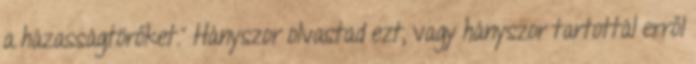
a házasságtörőket.” Hányszor olvastad ezt, vagy hányszor tartottál erről